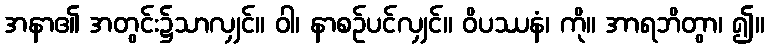
အနာ၏ အတွင်း၌သာလျှင်။ ဝါ၊ နာစဉ်ပင်လျှင်။ ဝိပဿနံ၊ ကို။ အာရဘိတွာ၊ ၍။